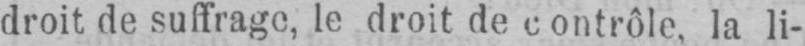
droit de suffrage, le droit de contrôle, la li-